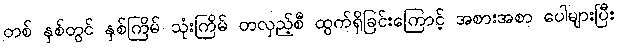
တစ် နှစ်တွင် နှစ်ကြိမ် သုံးကြိမ် တလှည့်စီ ထွက်ရှိခြင်းကြောင့် အစားအစာ ပေါများပြီး